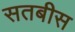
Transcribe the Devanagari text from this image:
सतबीस